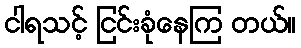
ငါရသင့် ငြင်းခုံနေကြ တယ်။